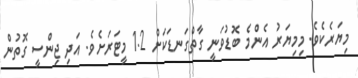
މިޔަރެކެވެ. މިމިޔަރު އެންމެ ބޮޑުވަނީ ގާތްގަނޑަކަށް 1.2 މީޓަރަށެވެ. އަދި ޖިންސީ ގޮތުން